Leaving Certificate Examination (including Day School Certificate (Higher) General paper), 1928
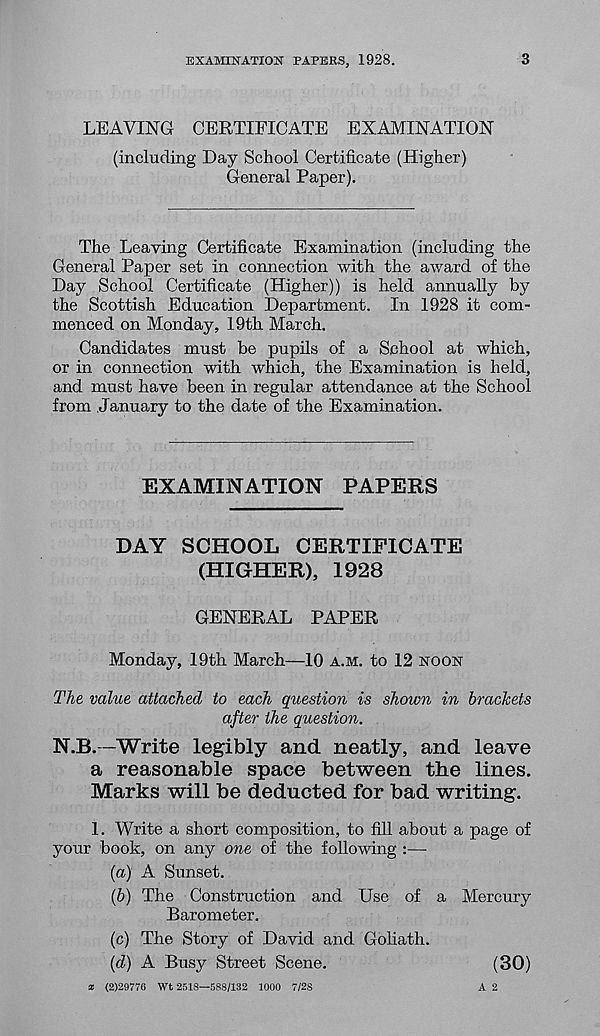
EXAMINATION PAPERS, 1928.
3
LEAVING CERTIFICATE EXAMINATION
(including Day School Certificate (Higher)
General Paper).
The Leaving Certificate Examination (including the
General Paper set in connection with the award of the
Day School Certificate (Higher)) is held annually by
the Scottish Education Department. In 1928 it com-
menced on Monday, 19th March.
Candidates must be pupils of a School at which,
or in connection with which, the Examination is held,
and must have been in regular attendance at the School
from .January to the date of the Examination.
EXAMINATION PAPERS
DAY SCHOOL CERTIFICATE
(HIGHER), 1928
GENERAL PAPER
Monday, 19th March—10 A.M. to 12 NOON
The value attached to each question is shown in brackets
after the question.
N.B.—Write legibly and neatly, and leave
a reasonable space between the lines.
Marks will be deducted for bad writing.
1. Write a short composition, to fill about a page of
your book, on any one of the following :—
(a) A Sunset.
(b) The Construction and Use of a Mercury
Barometer.
(c) The Story of David and Goliath.
(d) A Busy Street Scene.
(30)
x (2)29776 Wt 2518—588/132 1000 7/28
A 2